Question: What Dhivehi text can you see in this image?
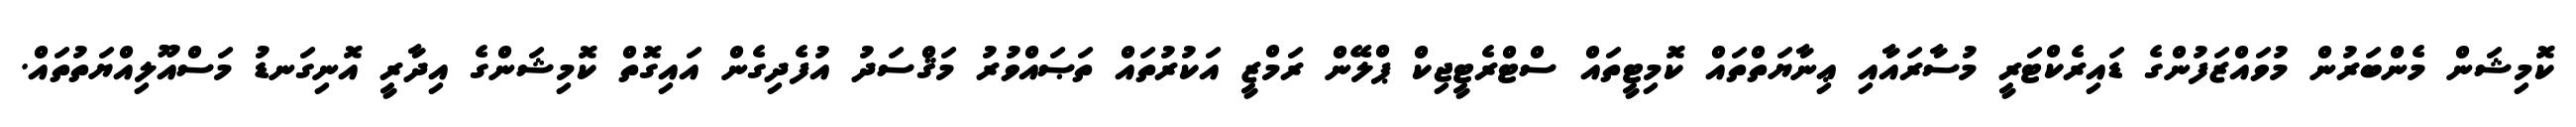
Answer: ކޮމިޝަން މެންބަރުން މުވައްޒަފުންގެ ޑައިރެކްޓަރީ މުސާރައާއި ޢިނާޔަތްތައް ކޮމިޓީތައް ސްޓްރެޓީޖިކް ޕްލޭން ރަމްޒީ އަކުރުތައް ތަޞައްވުރު މަޤްސަދު އުފެދިގެން އައިގޮތް ކޮމިޝަންގެ އިދާރީ އޮނިގަނޑު މަސްއޫލިއްޔަތުތައް.